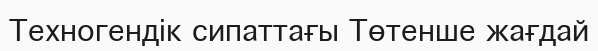
Техногендік сипаттағы Төтенше жағдай